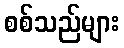
စစ်သည်များ